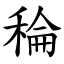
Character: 稐